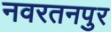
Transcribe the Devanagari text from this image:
नवरतनपुर